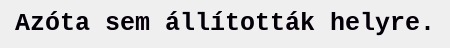
Azóta sem állították helyre.